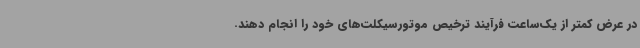
در عرض کمتر از یک‌ساعت فرآیند ترخیص موتورسیکلت‌های خود را انجام دهند.